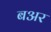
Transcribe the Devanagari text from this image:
बअर